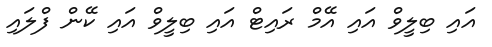
އައި ބިލީވް އައި އޭމް ރައިޓް އައި ބިލީވް އައި ކޭން ފްލައި